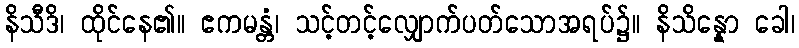
နိသီဒိ၊ ထိုင်နေ၏။ ဧကမန္တံ၊ သင့်တင့်လျှောက်ပတ်သောအရပ်၌။ နိသိန္နော ခေါ၊